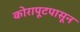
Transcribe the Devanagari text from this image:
कोरापूटपासून